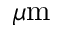
\mu \mathrm { m }